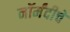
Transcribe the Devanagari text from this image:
नॉर्मंदीचे